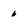
Character: 6